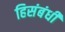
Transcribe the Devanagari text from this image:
हिसंबंधी